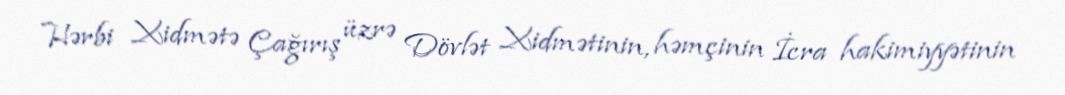
Hərbi Xidmətə Çağırış üzrə Dövlət Xidmətinin, həmçinin İcra hakimiyyətinin